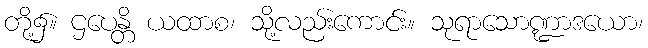
တို့၌။ ဌပေန္တိ ယထာစ၊ သို့လည်းကောင်း။ သုရာသောဏ္ဍာဒယော၊